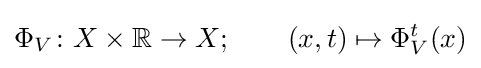
\Phi _{V}\colon X\times \mathbb {R} \to X;\qquad (x,t)\mapsto \Phi _{V}^{t}(x)